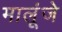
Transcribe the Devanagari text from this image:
मालूंजे